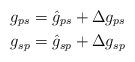
LaTeX: \begin{align*}g_{ps}&=\hat{g}_{ps}+\Delta g_{ps}\\g_{sp}&=\hat{g}_{sp}+\Delta g_{sp}\end{align*}